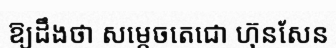
ឱ្យដឹងថា សម្តេចតេជោ ហ៊ុនសែន